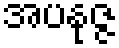
အပနုဇ္ဇ